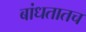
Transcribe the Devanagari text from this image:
बांधतातच